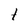
Character: 1